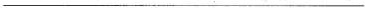
___